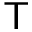
{ \sf T }